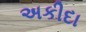
અકીદા